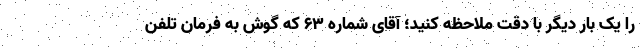
را یک بار دیگر با دقت ملاحظه کنید؛ آقای شماره ۶۳ که گوش به فرمان تلفن